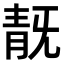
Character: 𩇗